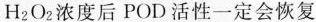
H_{2}O_{2}浓度后POD活性一定会恢复